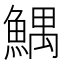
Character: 鰅